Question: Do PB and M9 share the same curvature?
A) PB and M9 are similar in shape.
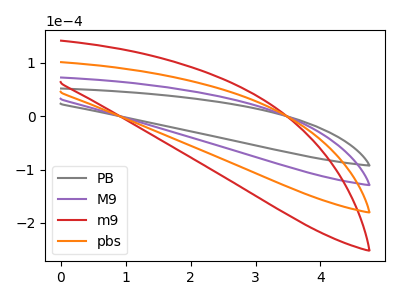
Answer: <think>The gray curve "PB" has no peaks. The purple curve "M9" has no peaks. The red curve "m9" has no peaks. The orange curve "pbs" has no peaks.
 Neither "PB" or "M9" have any peaks.</think>
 <answer>A) "PB" and "M9" are similar in shape.</answer>
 <eval>A</eval>